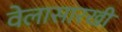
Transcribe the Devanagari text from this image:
वेलासारखी